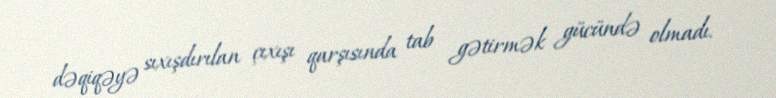
dəqiqəyə sıxışdırılan çıxışı qarşısında tab gətirmək gücündə olmadı.